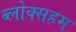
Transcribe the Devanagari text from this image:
ब्लोक्सहम